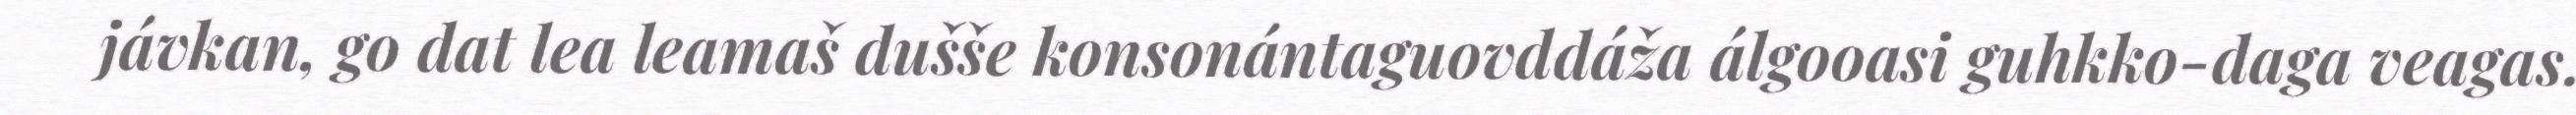
jávkan, go dat lea leamaš dušše konsonántaguovddáža álgooasi guhkko-daga veagas.